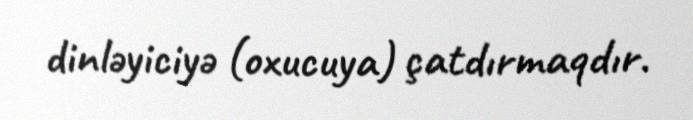
dinləyiciyə (oxucuya) çatdırmaqdır.